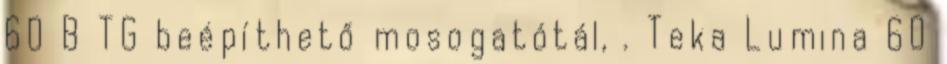
60 B TG beépíthető mosogatótál, . Teka Lumina 60